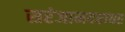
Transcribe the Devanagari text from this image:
सरंजामदरावर